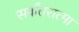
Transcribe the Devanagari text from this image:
सर्वांतरात्मा